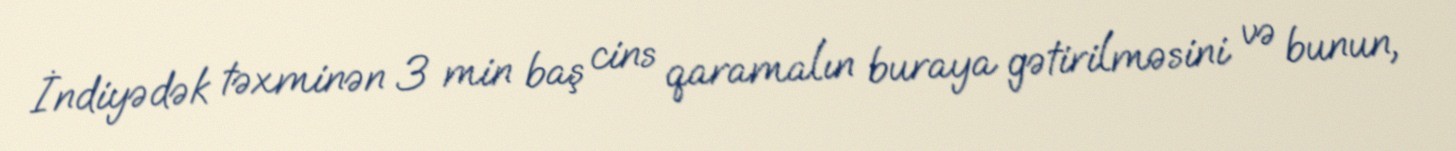
İndiyədək təxminən 3 min baş cins qaramalın buraya gətirilməsini və bunun,